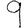
Digit: 9